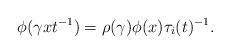
LaTeX: \begin{align*} \phi(\gamma xt^{-1})=\rho(\gamma)\phi(x)\tau_i(t)^{-1}.\end{align*}